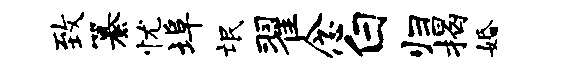
致纂忧埠氓翟念白归揭婚